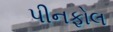
પીનફોલ